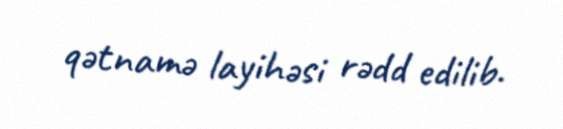
qətnamə layihəsi rədd edilib.